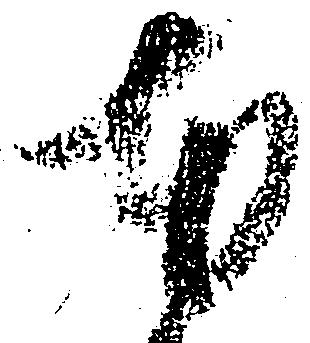
本